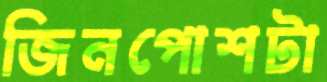
জিনপোশটা